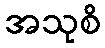
အသုစိ